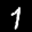
Label: 7